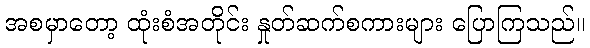
အစမှာတော့ ထုံးစံအတိုင်း နှုတ်ဆက်စကားများ ပြောကြသည်။